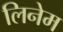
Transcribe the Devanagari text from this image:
लिनेम